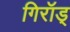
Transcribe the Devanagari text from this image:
गिरॉड्